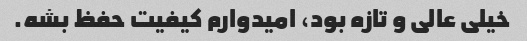
خیلی عالی و تازه بود، امیدوارم کیفیت حفظ بشه.